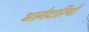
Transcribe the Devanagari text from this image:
भागेदारियाँ